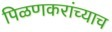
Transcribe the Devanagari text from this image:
पिळणकरांच्याच